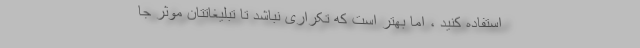
استفاده کنید ، اما بهتر است که تکراری نباشد تا تبلیغاتتان موثر جا